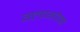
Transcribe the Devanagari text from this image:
ग्लागोमा